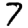
Digit: 7